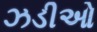
ઝડીઓ